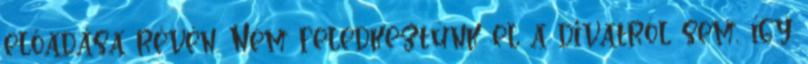
előadása révén. Nem feledkeztünk el a divatról sem, így